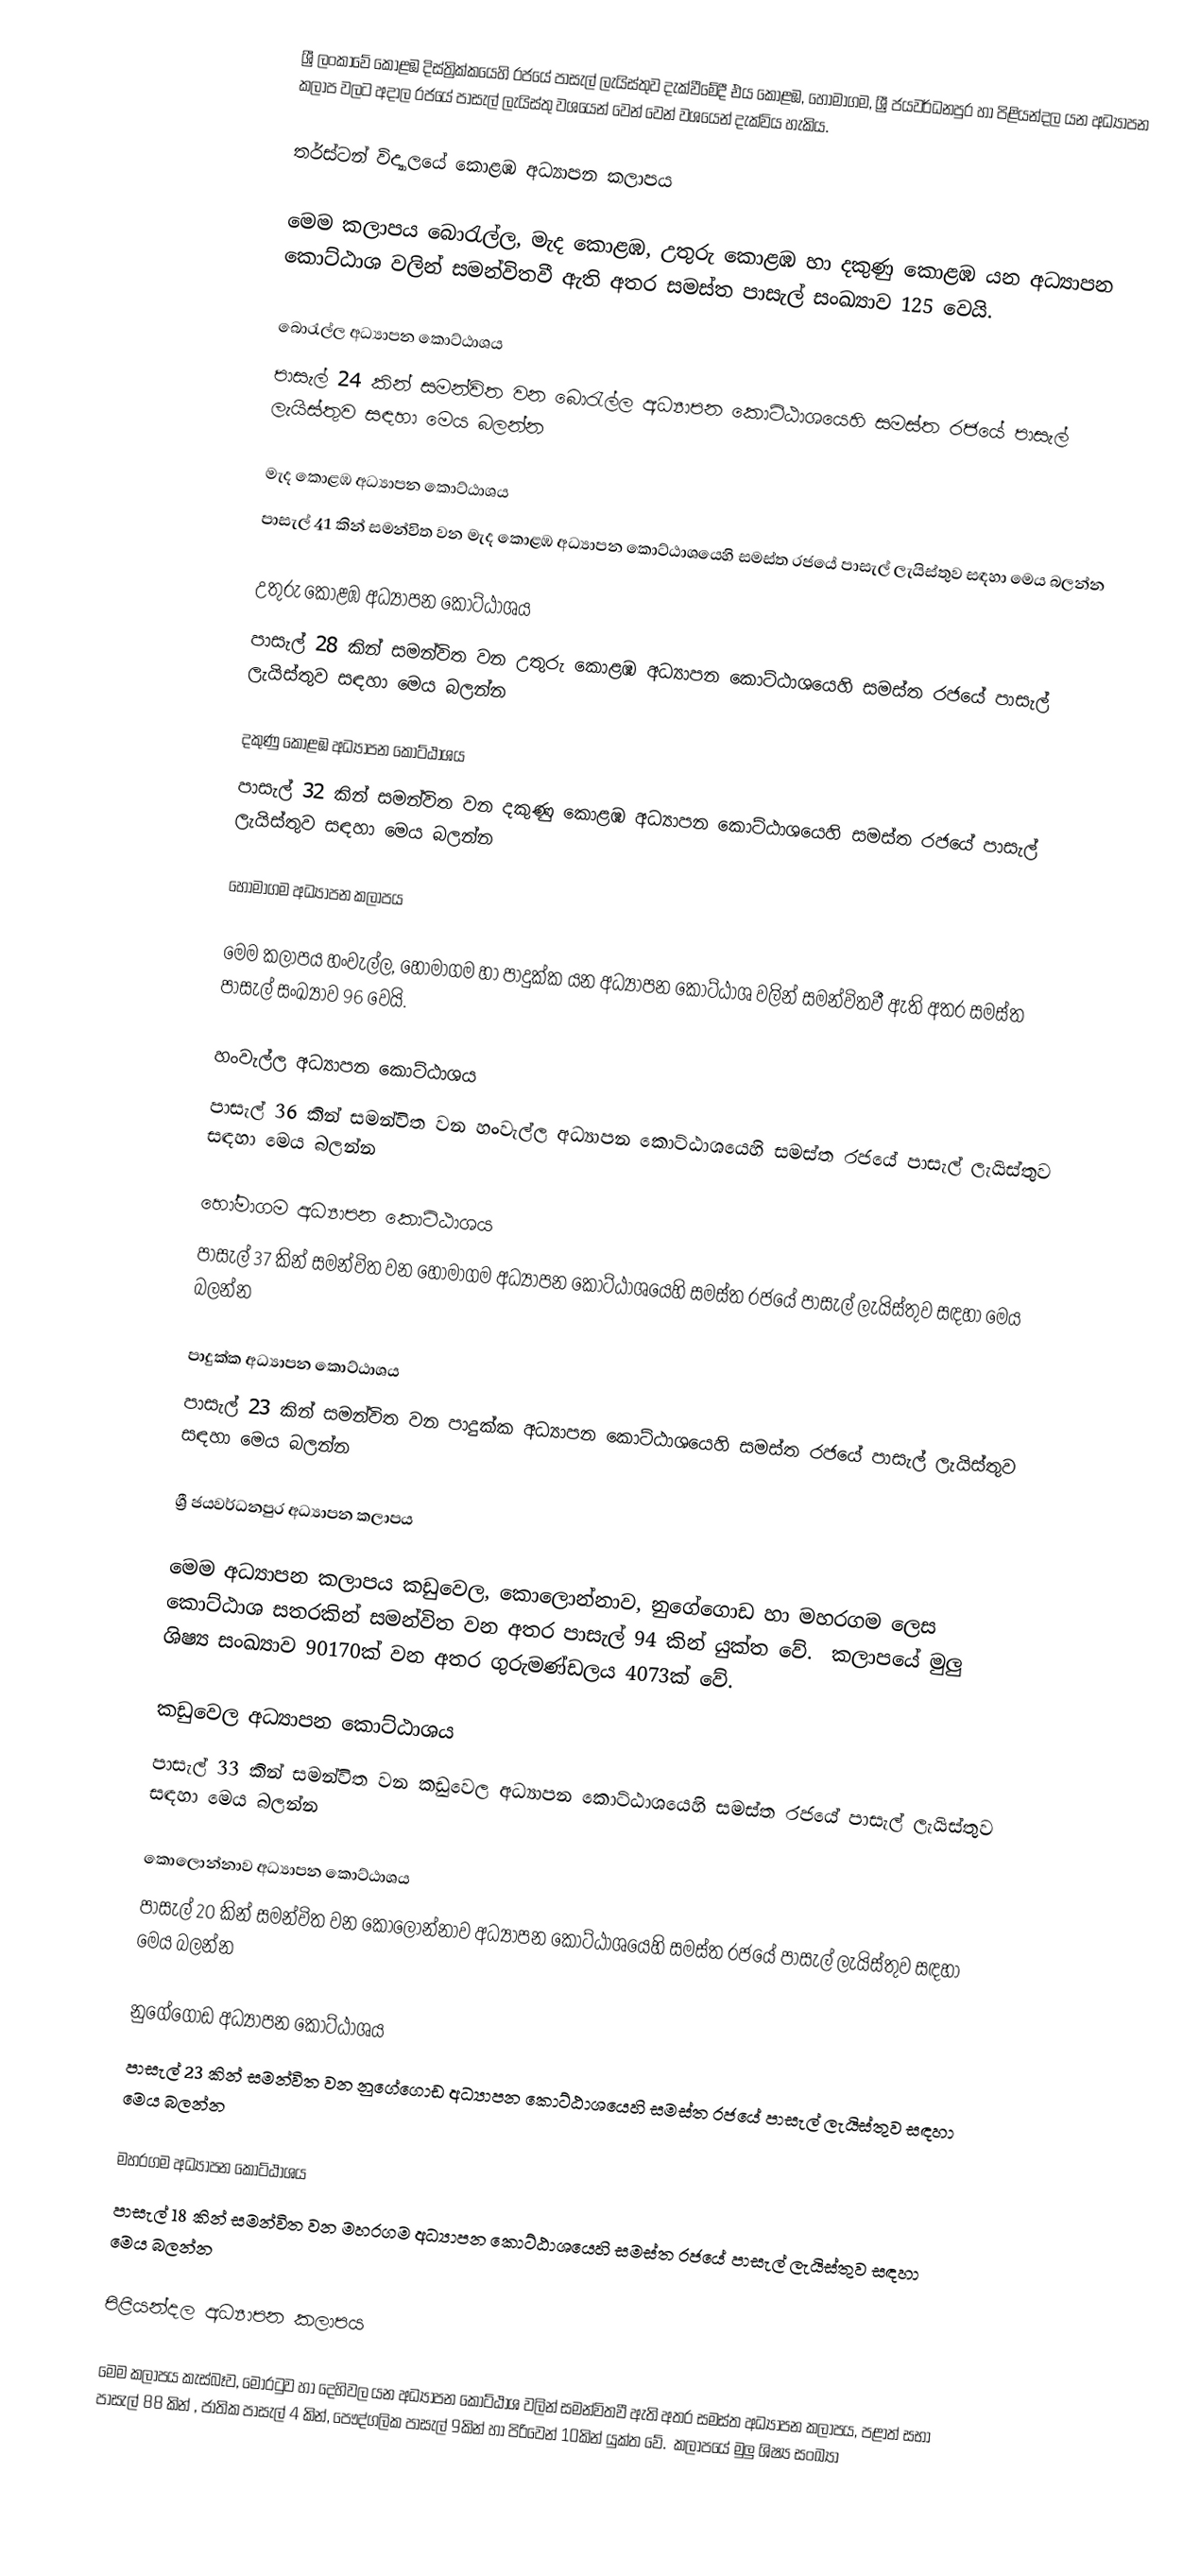
ශ්‍රී ලංකාවේ කොළඹ දිස්ත්‍රික්කයෙහි රජයේ පාසැල් ලැයිස්තුව දැක්වීමේදී එය කොළඹ, හෝමාගම, ශ්‍රී ජයවර්ධනපුර හා පිළියන්දල යන අධ්‍යාපන කලාප  වලට අදාල රජයේ පාසැල් ලැයිස්තු වශයෙන් වෙන් වෙන් වශයෙන් දැක්විය හැකිය.

තර්ස්ටන් විද්‍යාලයේ  කොළඹ අධ්‍යාපන කලාපය

මෙම කලාපය බොරැල්ල, මැද කොළඹ, උතුරු කොළඹ හා දකුණු කොළඹ යන අධ්‍යාපන කොට්ඨාශ වලින් සමන්විතවී ඇති අතර සමස්ත පාසැල් සංඛ්‍යාව 125 වෙයි.

බොරැල්ල අධ්‍යාපන කොට්ඨාශය
පාසැල් 24 කින් සමන්විත වන බොරැල්ල අධ්‍යාපන කොට්ඨාශයෙහි සමස්ත රජයේ පාසැල් ලැයිස්තුව සඳහා මෙය බලන්න

මැද කොළඹ අධ්‍යාපන කොට්ඨාශය
පාසැල් 41 කින් සමන්විත වන මැද කොළඹ අධ්‍යාපන කොට්ඨාශයෙහි සමස්ත රජයේ පාසැල් ලැයිස්තුව සඳහා මෙය බලන්න

උතුරු කොළඹ අධ්‍යාපන කොට්ඨාශය
පාසැල් 28 කින් සමන්විත වන උතුරු කොළඹ අධ්‍යාපන කොට්ඨාශයෙහි සමස්ත රජයේ පාසැල් ලැයිස්තුව සඳහා මෙය බලන්න

දකුණු කොළඹ අධ්‍යාපන කොට්ඨාශය
පාසැල් 32 කින් සමන්විත වන දකුණු කොළඹ අධ්‍යාපන කොට්ඨාශයෙහි සමස්ත රජයේ පාසැල් ලැයිස්තුව සඳහා මෙය බලන්න

හෝමාගම අධ්‍යාපන කලාපය

මෙම කලාපය හංවැල්ල, හෝමාගම හා පාදුක්ක යන අධ්‍යාපන කොට්ඨාශ වලින් සමන්විතවී ඇති අතර සමස්ත පාසැල් සංඛ්‍යාව 96 වෙයි.

හංවැල්ල අධ්‍යාපන කොට්ඨාශය
පාසැල් 36 කින් සමන්විත වන හංවැල්ල අධ්‍යාපන කොට්ඨාශයෙහි සමස්ත රජයේ පාසැල් ලැයිස්තුව සඳහා මෙය බලන්න

හෝමාගම  අධ්‍යාපන කොට්ඨාශය
පාසැල් 37 කින් සමන්විත වන හෝමාගම  අධ්‍යාපන කොට්ඨාශයෙහි සමස්ත රජයේ පාසැල් ලැයිස්තුව සඳහා මෙය බලන්න

පාදුක්ක  අධ්‍යාපන කොට්ඨාශය
පාසැල් 23 කින් සමන්විත වන පාදුක්ක  අධ්‍යාපන කොට්ඨාශයෙහි සමස්ත රජයේ පාසැල් ලැයිස්තුව සඳහා මෙය බලන්න

ශ්‍රී ජයවර්ධනපුර අධ්‍යාපන කලාපය

මෙම අධ්‍යාපන කලාපය කඩුවෙල, කොලොන්නාව, නුගේගොඩ හා මහරගම ලෙස කොට්ඨාශ සතරකින් සමන්විත වන අතර පාසැල් 94 කින් යුක්ත ‍වේ. ‍ ‍‍‍‍‍කලාප‍යේ මුලු ශිෂ්‍ය සංඛ්‍යාව 90170ක් වන අතර ගුරුමණ්ඩලය 4073ක් ‍වේ.

කඩුවෙල අධ්‍යාපන කොට්ඨාශය
පාසැල් 33 කින් සමන්විත වන කඩුවෙල අධ්‍යාපන කොට්ඨාශයෙහි සමස්ත රජයේ පාසැල් ලැයිස්තුව සඳහා මෙය බලන්න

කොලොන්නාව අධ්‍යාපන කොට්ඨාශය
පාසැල් 20 කින් සමන්විත වන කොලොන්නාව අධ්‍යාපන කොට්ඨාශයෙහි සමස්ත රජයේ පාසැල් ලැයිස්තුව සඳහා මෙය බලන්න

නුගේගොඩ අධ්‍යාපන කොට්ඨාශය
පාසැල් 23 කින් සමන්විත වන නුගේගොඩ අධ්‍යාපන කොට්ඨාශයෙහි සමස්ත රජයේ පාසැල් ලැයිස්තුව සඳහා මෙය බලන්න

මහරගම අධ්‍යාපන කොට්ඨාශය
පාසැල් 18 කින් සමන්විත වන මහරගම අධ්‍යාපන කොට්ඨාශයෙහි සමස්ත රජයේ පාසැල් ලැයිස්තුව සඳහා මෙය බලන්න

පිළියන්දල අධ්‍යාපන කලාපය

මෙම කලාපය කැස්බෑව, මොරටුව හා දෙහිවල  යන අධ්‍යාපන කොට්ඨාශ වලින් සමන්විතවී ඇති අතර  සමස්ත අධ්‍යාපන කලාපය, පළාත් සභා පාසැල් 88 කින් , ජාතික පාසැල් 4 කින්, පෞද්ගලික පාසැල් 9කින් හා පිරිවෙන් 10කින් යුක්ත ‍වේ. ‍ ‍‍‍‍‍කලාප‍යේ මුලු ශිෂ්‍ය සංඛ්‍යා